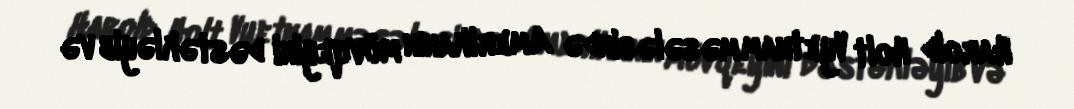
Harold Holt Vyetnam məsələsində Amerikanın mövqeyini dəstəkləyib və